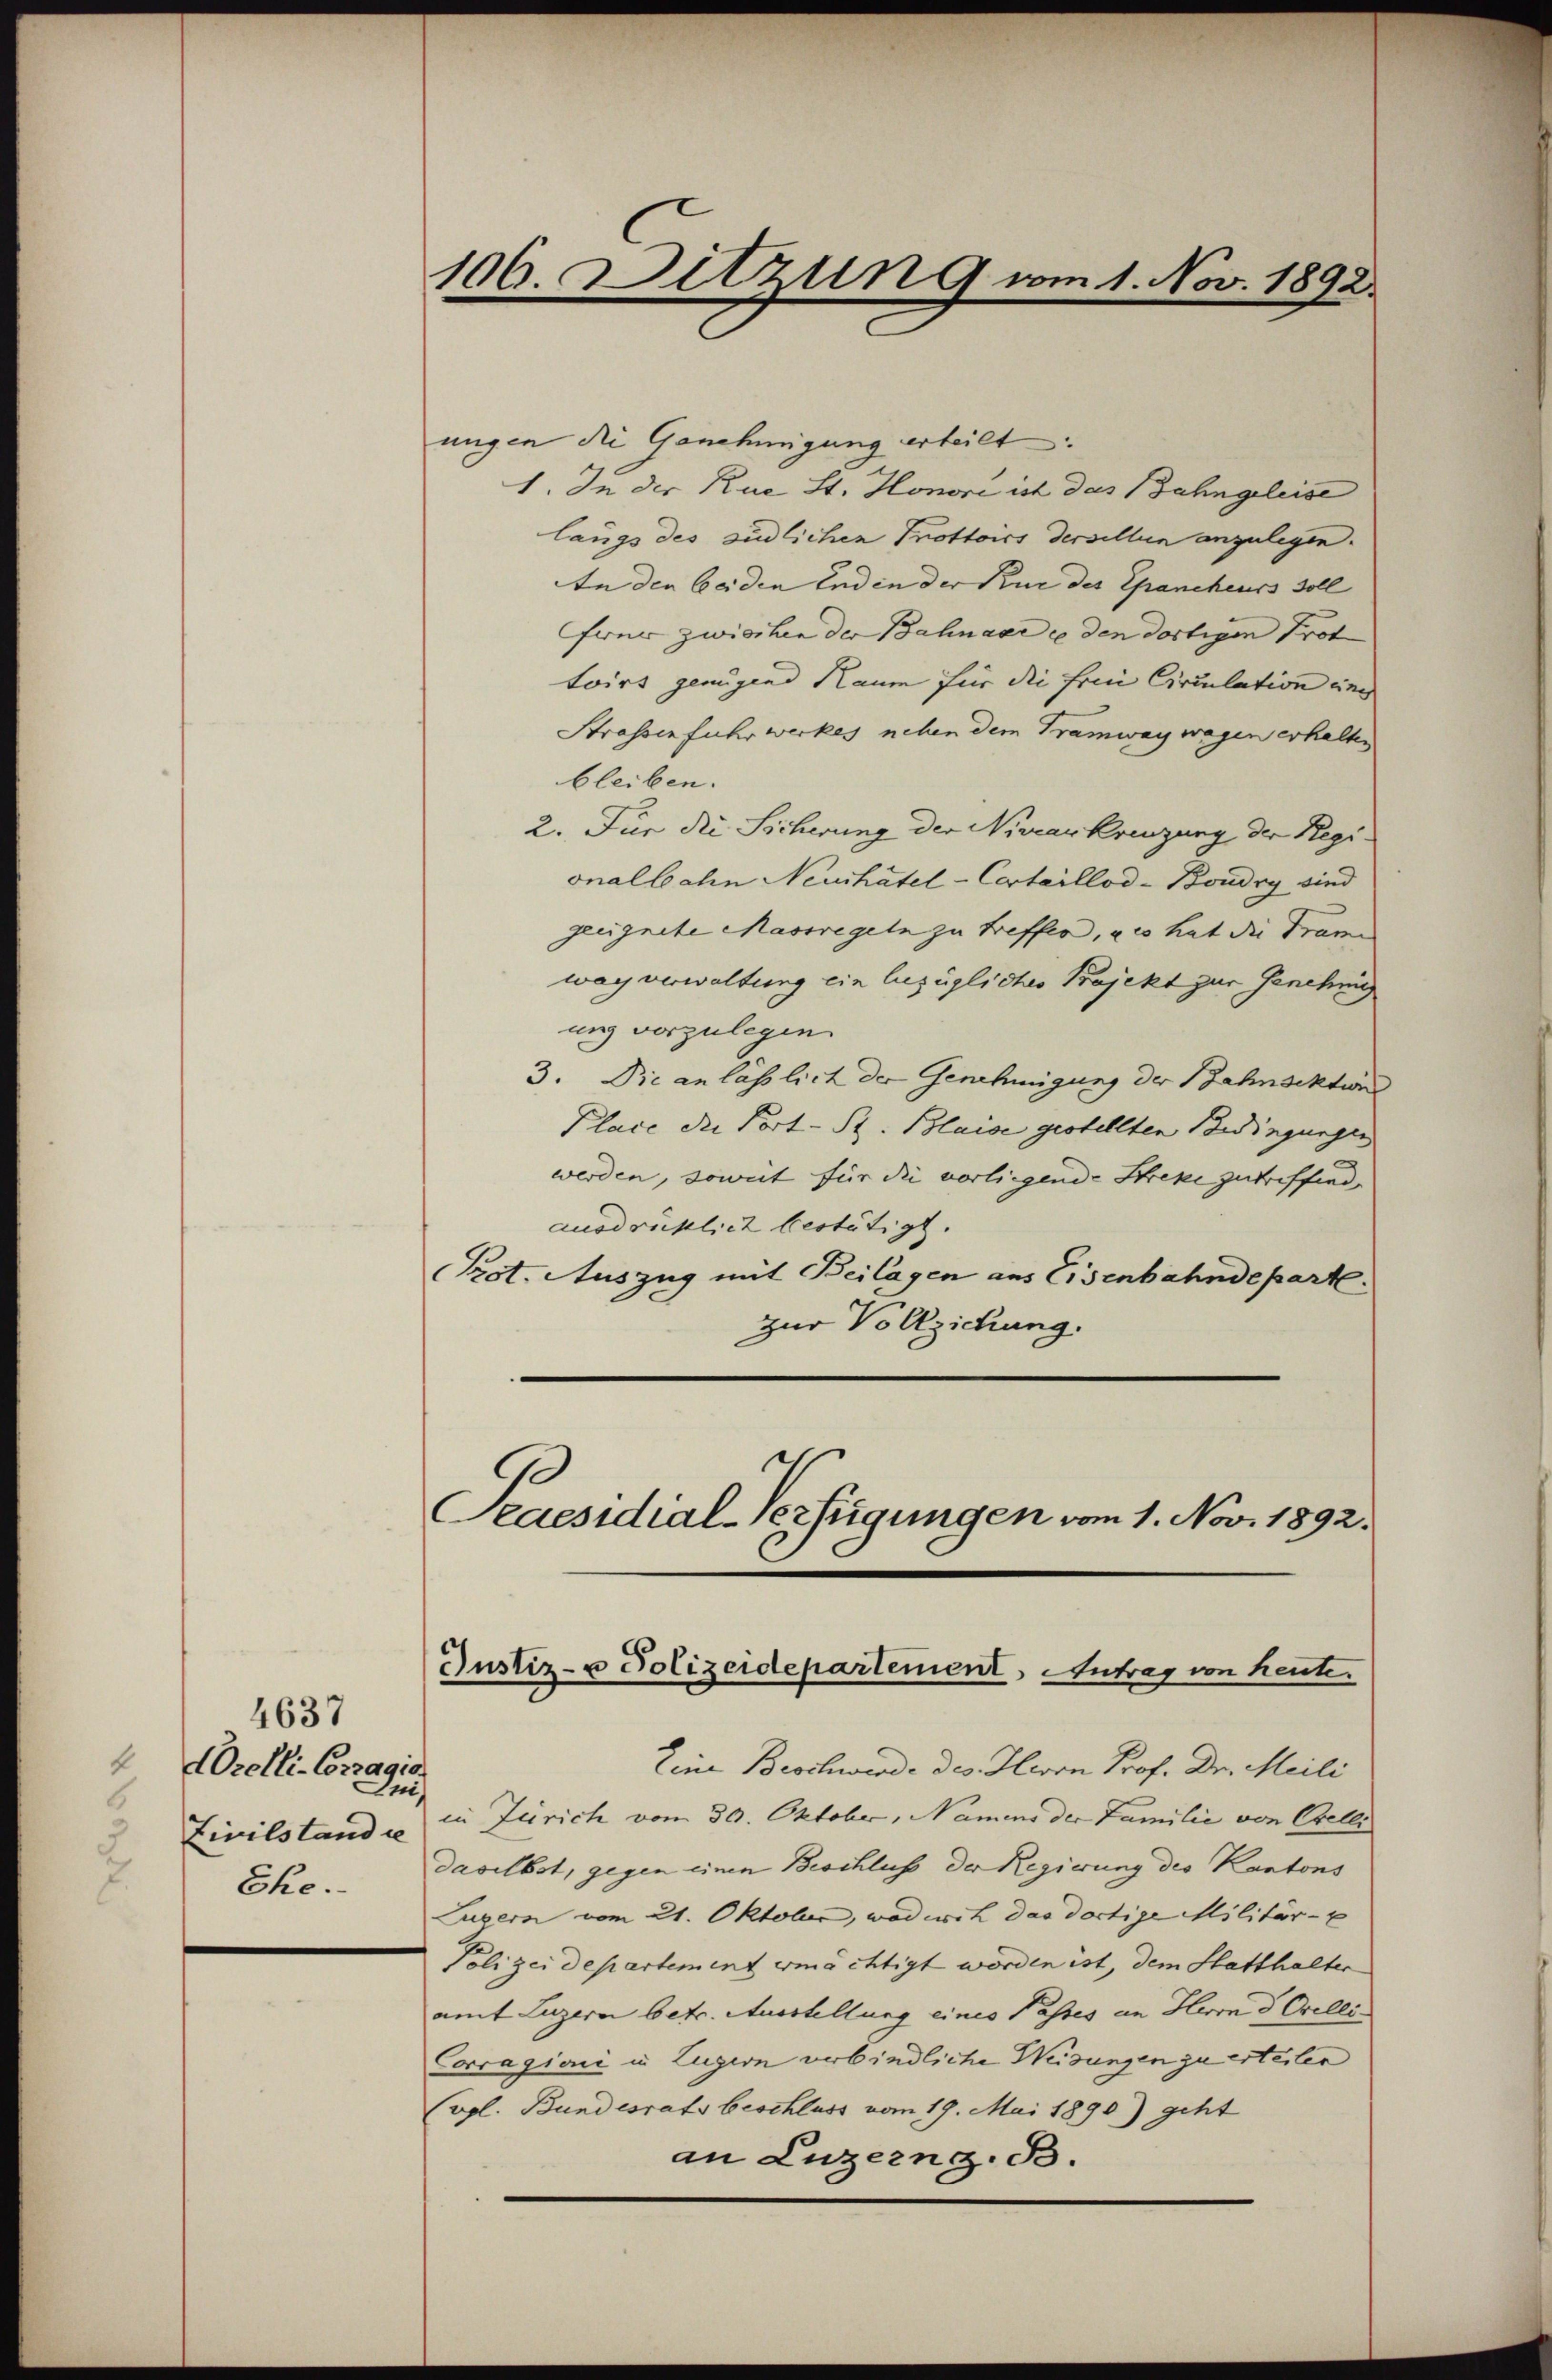
4637
4
AOrelli-Corragio
Duis
Zivilstand se
Ehe.

106. Sitzung vom 1. Nov. 1892.

ungen die Genehmigung erteilt.
1. In der Rue St. Honore ist das Bahngeleise
längs des südlichen Trottoirs dersellen anzulegen.
In den beiden End in der Kur des Chancheuss soll
ferner zwischen der Bahnaar ce den dortigen Prot
toirs genügend Raum für die fein Circulation und
Strassen fuhrwerkes neben dem Tramway wagen erhalten
bleiben.
2. Für die Sicherung der Nivearkreuzung der Regionalbahn Neuchâtel - Cartaillod-Boudry sind
geeignete Massregeln zu treffen, ac hat die Träne
wag verwaltung ein bezügliches Projekt zur Genehmig
ung vorzulegen.
3. Die an lässlich der Genehmigung der Bahnsektion
Place die Port- St. Blaise gestellten Bedingungen
werden, soweit für die vorliegende Streke zutriffend,
ausdrucklich bestätigt.
Prot. Auszug mit Beilagen aus Eisenbahndeparte
zur Vollziehung.

Justiz- u Polizeidepartement Antrag von heute.

Peaesidial-Verfügungen vom 1. Nov. 1892.

Eine Beschwerde des Herrn Prof. Dr. Meili
in Zürich vom 30. Oktober, Namens der Familie von Orelli
daselbst, gegen einen Beschluß der Regierung des Kantons
Lusern vom 21. Oktober, wodwil das dortige Militär-C
Polizei departement ermächtigt worden ist, dem Statthalter
amt Luzern betr. Ausstellung eines Passes an Herrn d. Orelli
Corragioni in Lugern verbindliche Weisungen zu erteilen
(vgl. Bundesrats beschluss vom 19. Mai 1890.) geht
an Luzerng.B.